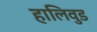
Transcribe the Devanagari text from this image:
हालिवुड